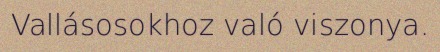
Vallásosokhoz való viszonya.